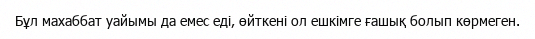
Бұл махаббат уайымы да емес еді, өйткені ол ешкімге ғашық болып көрмеген.